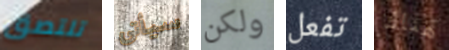
تلتصق سيأتى ولكن تفعل هناك